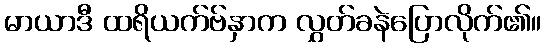
မာယာဒီ ထရိယက်ဗ်နှာက လွှတ်ခနဲပြောလိုက်၏။